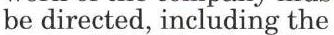
be directed, including the